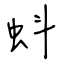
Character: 蚪